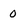
Character: 0